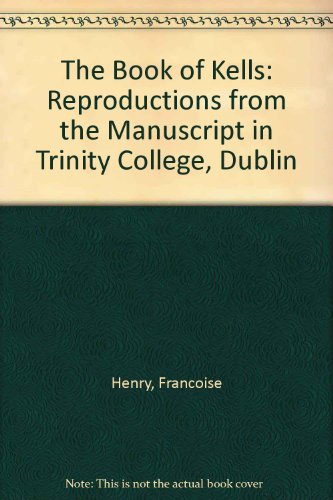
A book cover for The Book of Kells:  Reproductions from the Manuscript in Trinity College, Dublin; Francoise Henry; Arts & Photography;